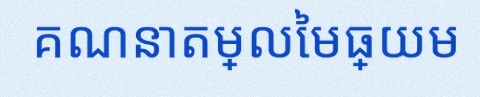
គណនាតម្លៃមធ្យម